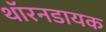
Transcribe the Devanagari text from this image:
थॉरनडायक